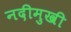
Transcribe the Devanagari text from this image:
नदीमुखी